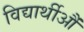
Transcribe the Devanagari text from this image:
विद्यार्थीऔं